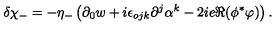
\delta \chi _ { - } = - \eta _ { - } \left( \partial _ { 0 } w + i \epsilon _ { o j k } \partial ^ { j } \alpha ^ { k } - 2 i e \Re ( \phi ^ { * } \varphi ) \right) .